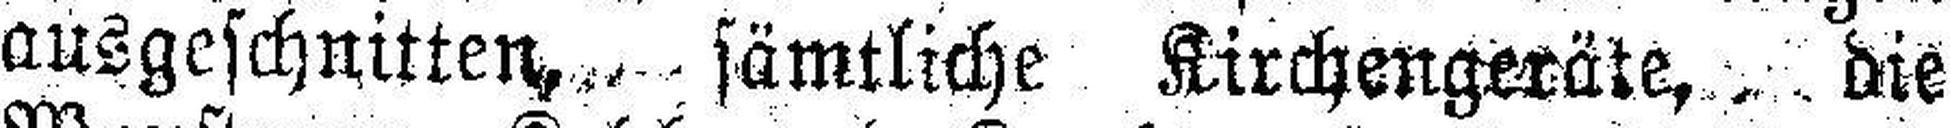
ausgeschnitten, sämtliche Kirchengeräte, die